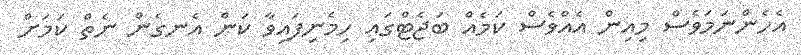
އެހެންނަމަވެސް މިއިން އެއްވެސް ކަމެއް ބަޖެޓްގައި ހިމެނިފައިވާ ކަން އެނގެން ނެތް ކަމަށް